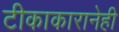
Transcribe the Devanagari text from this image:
टीकाकारानेही